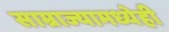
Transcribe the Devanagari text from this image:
साम्राज्यामध्येही